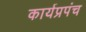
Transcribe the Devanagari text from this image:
कार्यप्रपंच